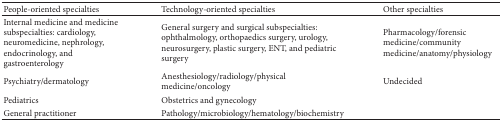
<table><thead><tr><td><b>People-oriented specialties</b></td><td><b>Technology-oriented specialties</b></td><td><b>Other specialties</b></td></tr></thead><tbody><tr><td>Internal medicine and medicine subspecialties: cardiology, neuromedicine, nephrology, endocrinology, and gastroenterology</td><td>General surgery and surgical subspecialties: ophthalmology, orthopaedics surgery, urology, neurosurgery, plastic surgery, ENT, and pediatric surgery</td><td>Pharmacology/forensic medicine/community medicine/anatomy/physiology</td></tr><tr><td>Psychiatry/dermatology</td><td>Anesthesiology/radiology/physical medicine/oncology </td><td>Undecided</td></tr><tr><td>Pediatrics</td><td>Obstetrics and gynecology</td><td> </td></tr><tr><td>General practitioner</td><td>Pathology/microbiology/hematology/biochemistry</td><td> </td></tr></tbody></table>